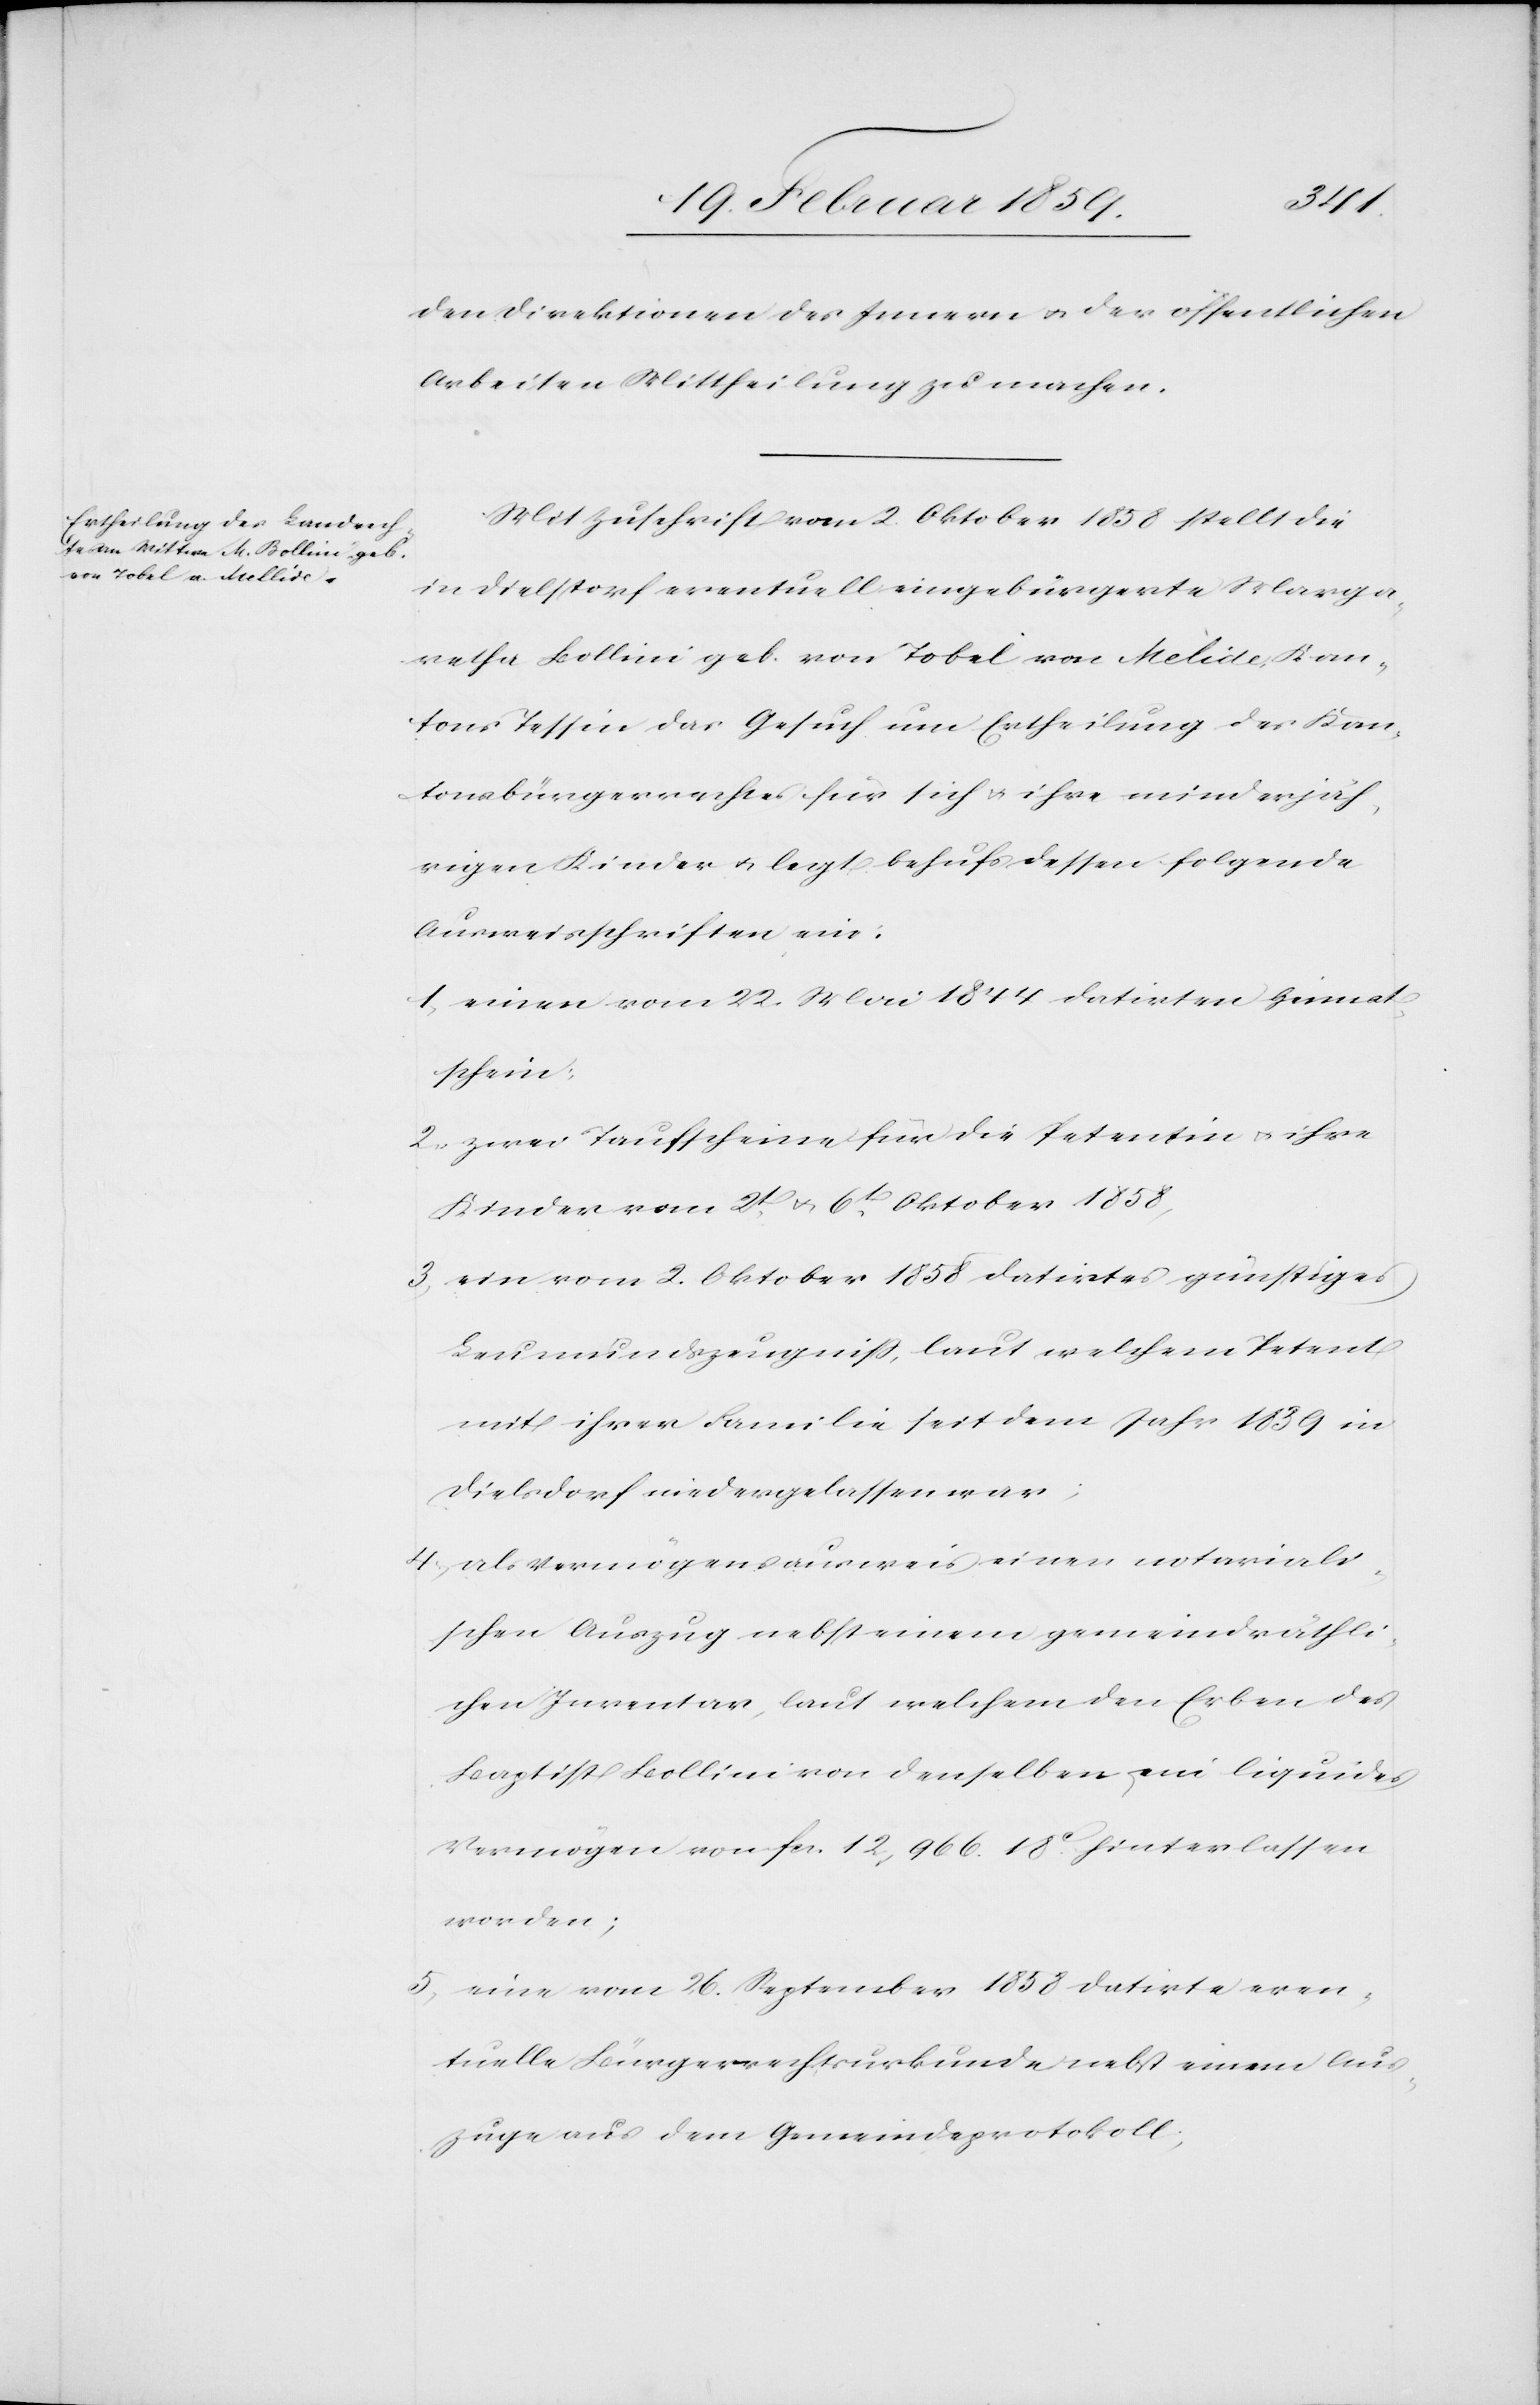
den Direktionen des Innern u. der öffentlichen
Arbeiten Mittheilung zu machen.
Mit Zuschrift vom 2. Oktober 1858 stellt die
in Dielstorf eventuell eingebürgerte Marga¬
retha Bollini geb. von Tobel von Melide [sic!], Kan¬
ton Tessin das Gesuch um Ertheilung des Kan¬
tonsbürgerrechtes für sich u. ihre minderjäh¬
rigen Kinder u. legt behufs dessen folgende
Ausweisschriften ein:
1) einen vom 22. Mai 1844 datirten Heimat¬
schein:
2) zwei Taufscheine für die Petentin u. ihre
Kinder vom 2t. u. 6t. Oktober 1858,
3) ein vom 2. Oktober 1858 datirtes günstiges
Leumundszeugniß, laut welchem Petent
mit ihrer Familie seit dem Jahr 1839 in
Dielsdorf niedergelassen war;
4) als Vermögensausweis einen notariali¬
schen Auszug nebst einem gemeindräthli¬
chen Inventar, laut welchem den Erben des
Baptist Bollini von denselben ein liquides
Vermögen von fcs. 12,966. 18 c. hinterlassen
worden;
5) eine vom 26. September 1858 datirte even¬
tuelle Bürgerrechtsurkunde nebst einem Aus¬
zuge aus dem Gemeindeprotokoll;